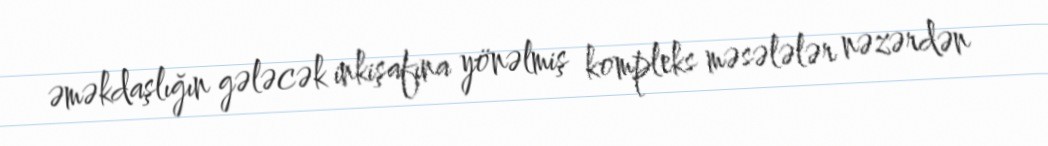
əməkdaşlığın gələcək inkişafına yönəlmiş kompleks məsələlər nəzərdən